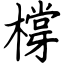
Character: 橕